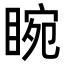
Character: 睕